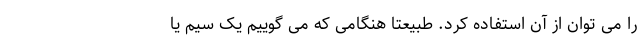
را می توان از آن استفاده کرد. طبیعتا هنگامی که می گوییم یک سیم یا